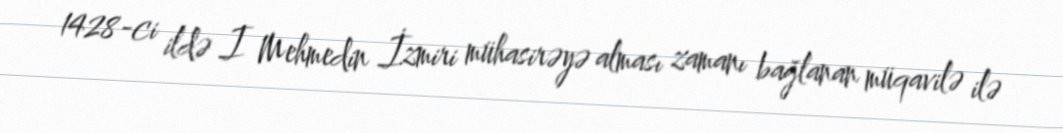
1428-ci ildə I Mehmedin İzmiri mühasirəyə alması zamanı bağlanan müqavilə ilə